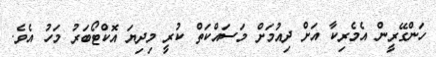
ހަންގޭރީން އެމެރިކާ އަށް ދިއުމަށް މަސައްކަތް ކުރީ މިދިޔަ އޮކްޓޯބަރު މަހު އެވެ.